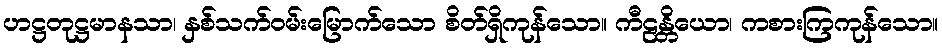
ဟဋ္ဌတုဋ္ဌမာနသာ၊ နှစ်သက်ဝမ်းမြောက်သော စိတ်ရှိကုန်သော။ ကီဠန္တိယော၊ ကစားကြကုန်သော။